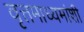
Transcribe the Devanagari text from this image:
वृत्तमाध्यमांशी